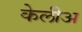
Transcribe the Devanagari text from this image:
केलीअ